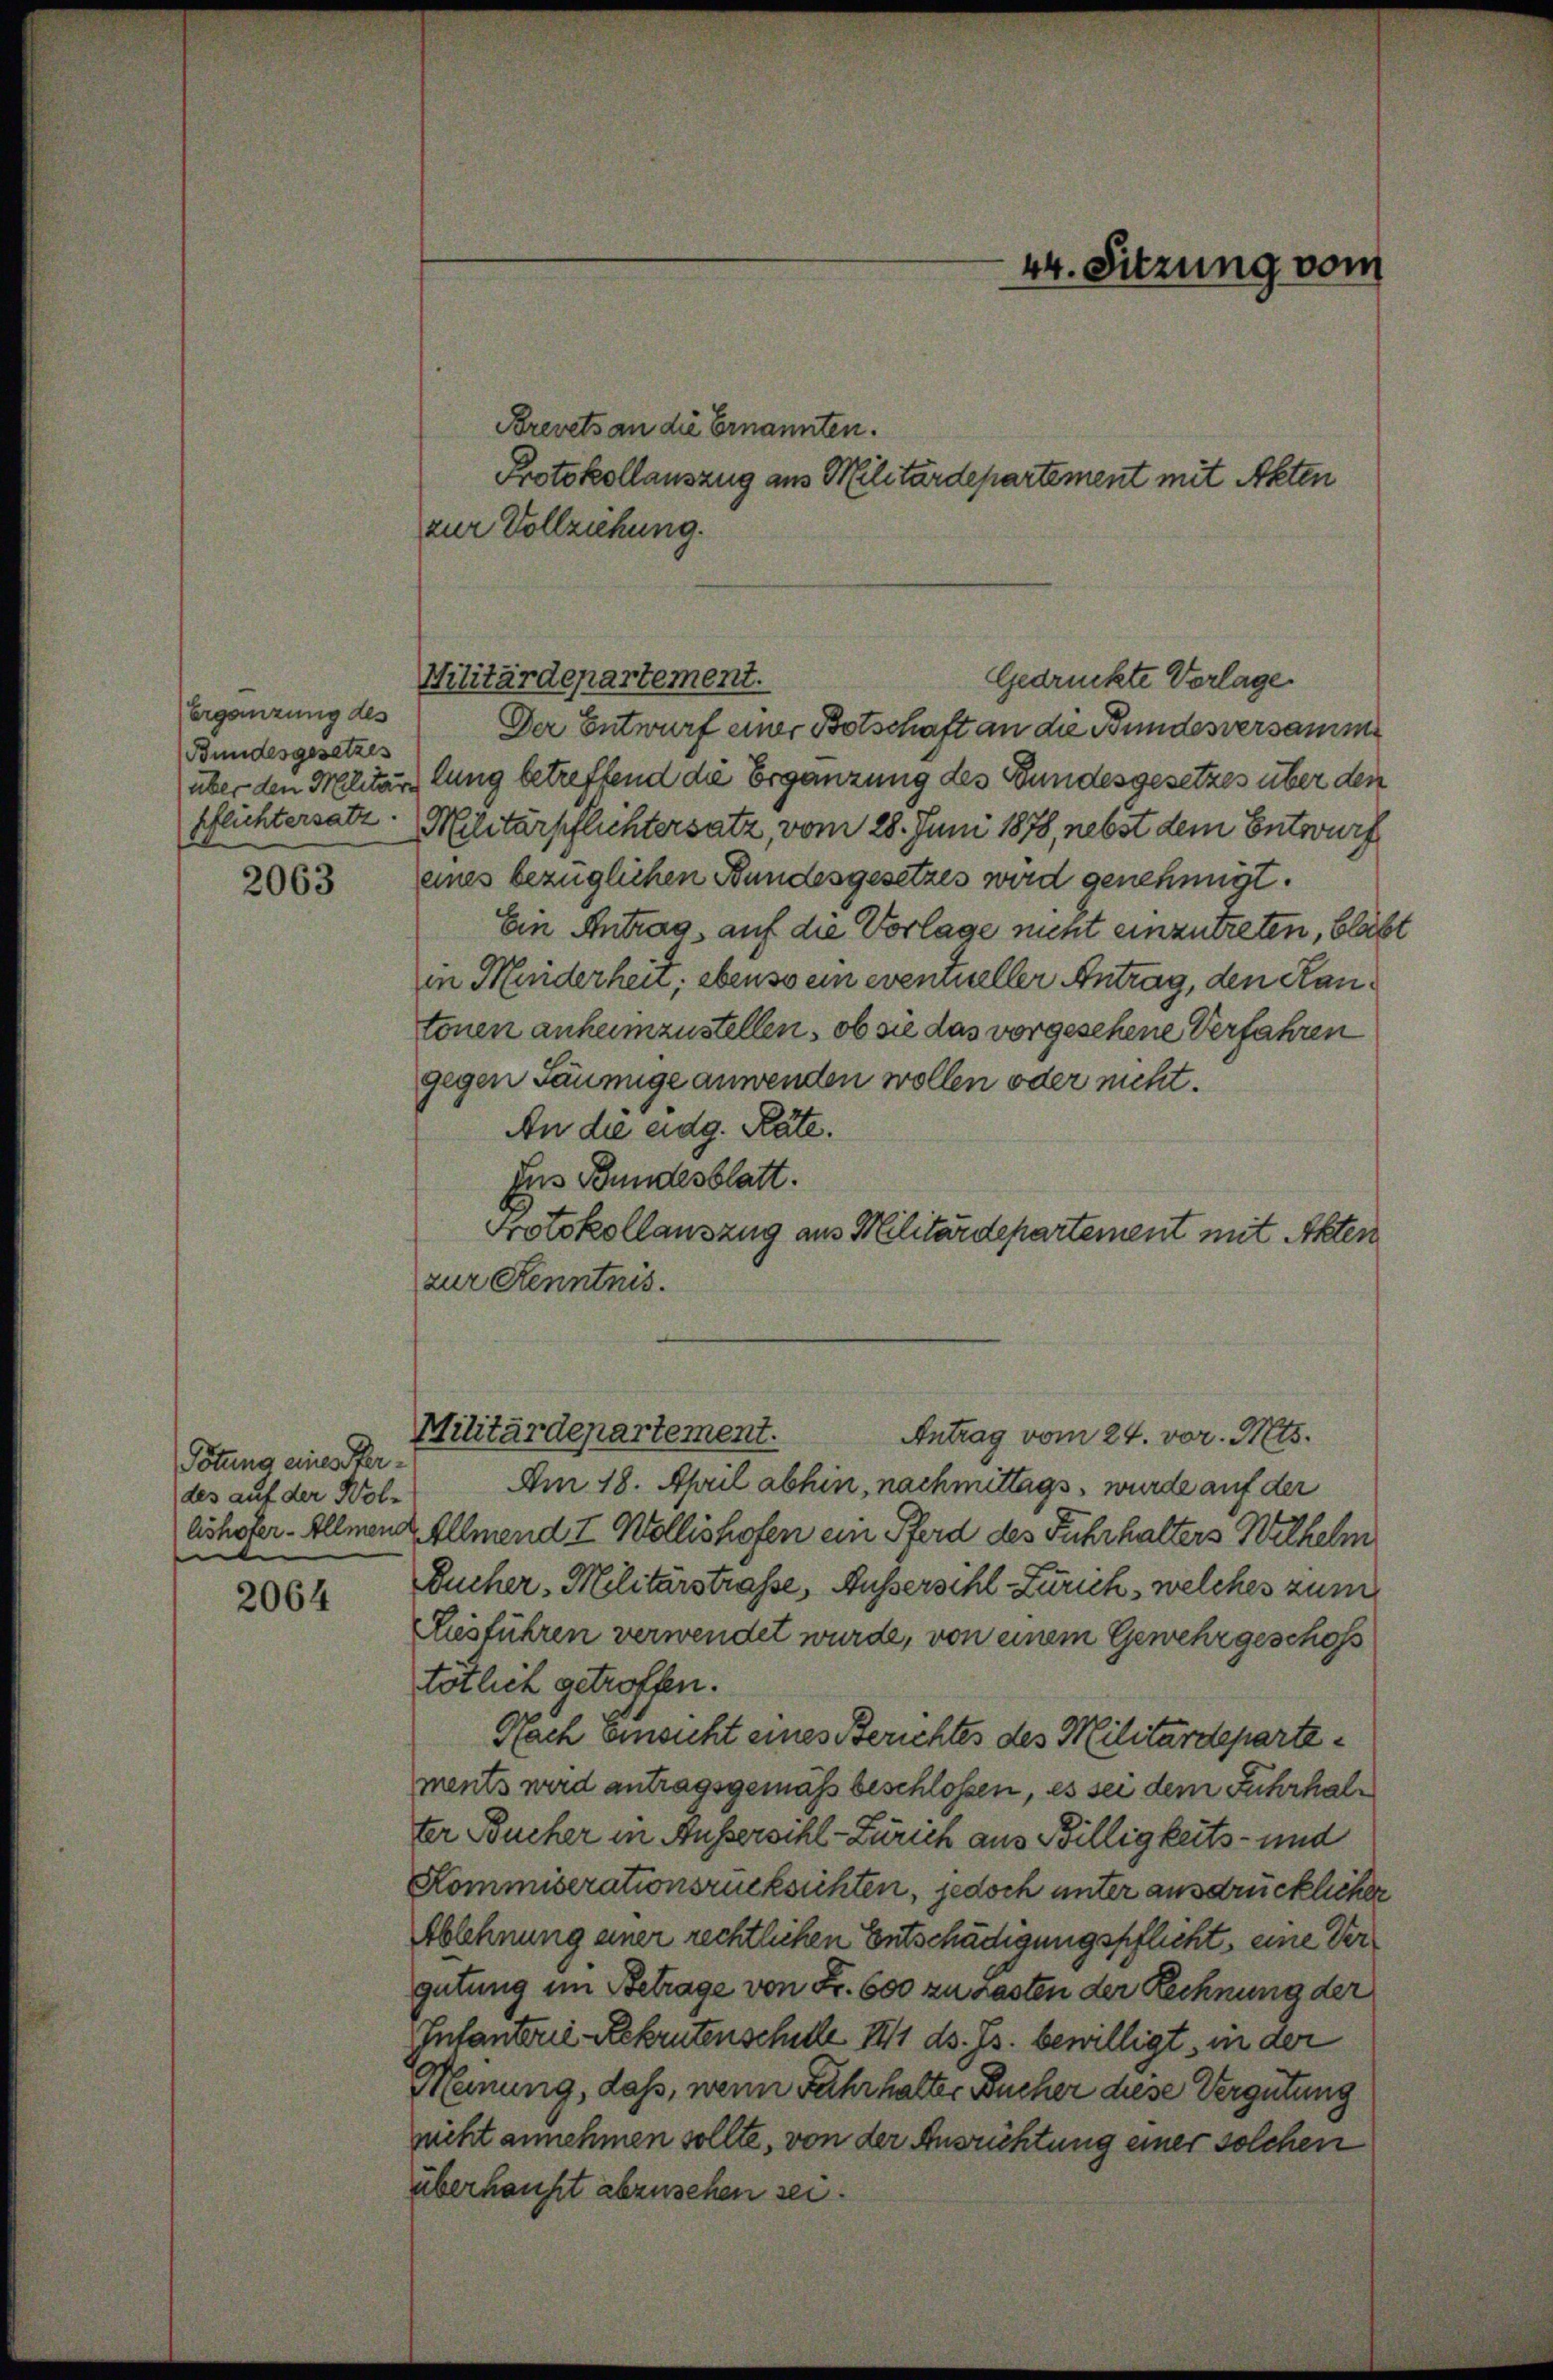
Ergänzung des
Bundesgesetzes
pflichtersatz.

2063

Tötung eines Sterdes auf der Wol-

2064

Brevets an die Ernannten.
zur Vollziehung.

Militärdepartement.

Protokollauszug aus Militärdepartement mit Akten

Antrag vom 24. vor. Mts.
Am 18. April abhin, nachmittags, wurde auf der
lshofer. Illnen Allmend I Wollishofen ein Pferd des Fuhrhalters Wilhelm
Bucher Militärstraße, Aussersihl Zürich, welches zum
Ausführen verwendet wurde, von einem Gewehr geschoss
tötlich getroffen.
Nach Einsicht eines Berichtes des Militärdepartements wird antragsgemäß beschlossen, es sei dem Fuhrhalter Bucher in Aussersihl-Zürich aus Billigkeits- und
Kommiserationsrücksichten, jedoch unter ausdrücklicher
Ablehnung einer rechtlichen Entschädigungspflicht eine Vergutung im Betrage von Fr. 600 zu Lasten der Rechnung der
Intanterie-Rekrutenschule 141 ds. Js. bewilligt, in der
Meinung, daß, wenn Fahrhalter Bucher diese Vergütung
nicht annehmen sollte, von der Ausrichtung einer solchen
überhaupt abzusehen sei.

Der Entwurf einer Botschaft an die Bundesversamme
über den Militärs lung betreffend die Ergänzung des Bundesgesetzes über den
Militärpflichtersatz, vom 28. Juni 1878, nebst dem Entwurf
eines bezüglichen Bundesgesetzes wird genehmigt.
Ein Antrag, auf die Vorlage mint einzutreten, bleibt
vin Minderheit; ebenso ein eventueller Antrag, den Kantonen anheimzustellen, ob sie das vorgesehene Verfahren
gegen Säumige anwenden wollen oder nicht.
An die eidg. Räte.
Ins Bundesblatt.
Protokollauszug aus Militärdepartement mit Akten
zur Kenntnis.

Militärdepartement.

44. Sitzung vom

Gedrückte Vorlage